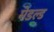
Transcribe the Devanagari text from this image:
मेडल्ड